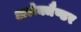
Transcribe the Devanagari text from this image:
अलेक्जैण्डर